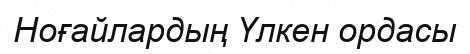
Ноғайлардың Үлкен ордасы